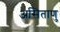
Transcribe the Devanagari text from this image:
असिताणु